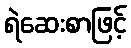
ရဲဆေးစာဖြင့်